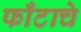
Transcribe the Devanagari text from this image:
फाँटाचे